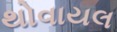
થોવાયલ